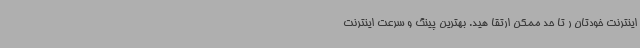
اینترنت خودتان ر تا حد ممکن ارتقا هید. بهترین پینگ و سرعت اینترنت